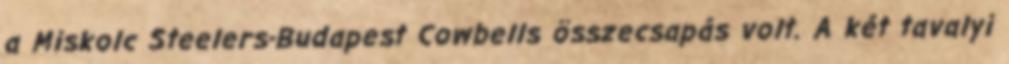
a Miskolc Steelers-Budapest Cowbells összecsapás volt. A két tavalyi